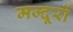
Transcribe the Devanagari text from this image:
मज्दूरों